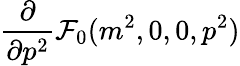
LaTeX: \frac{\partial}{\partial p^{2}}{\cal{F}}_{0}(m^{2},0,0,p^{2})